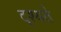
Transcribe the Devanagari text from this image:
दृश्यते